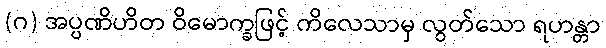
(ဂ) အပ္ပဏိဟိတ ဝိမောက္ခဖြင့် ကိလေသာမှ လွတ်သော ရဟန္တာ